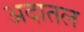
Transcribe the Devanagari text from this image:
अदातल